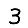
Digit: 3